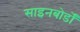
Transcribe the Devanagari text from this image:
साइनबोर्डों